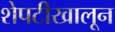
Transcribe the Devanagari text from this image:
शेपटीखालून